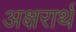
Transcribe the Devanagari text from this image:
अक्षरार्थ